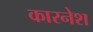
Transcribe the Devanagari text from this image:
कारनेश